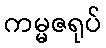
ကမ္မဇရုပ်